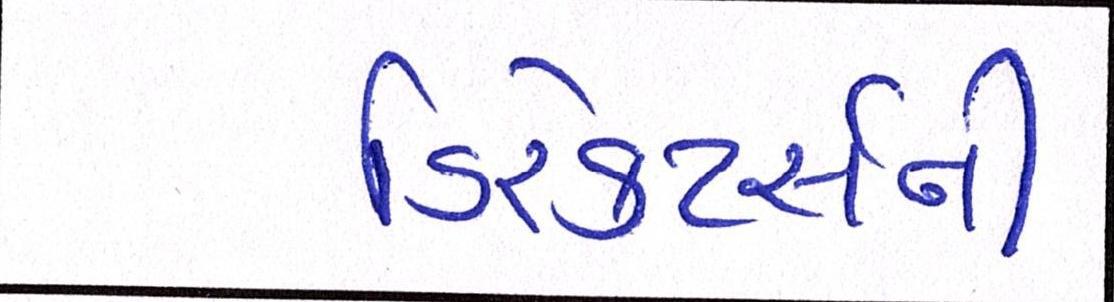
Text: ડિરેક્ટર્સની